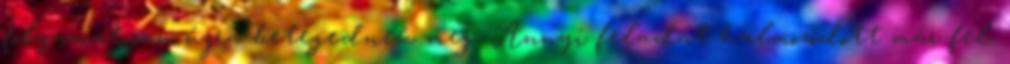
folyamatosan újra betegednek meg. Annyi feladat halmozódott már fel,